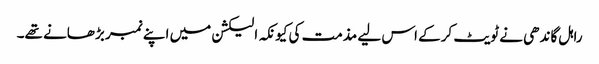
راہل گاندھی نے ٹویٹ کرکے اس لیے مذمت کی کیونکہ الیکشن میں اپنے نمبر بڑھانے تھے۔